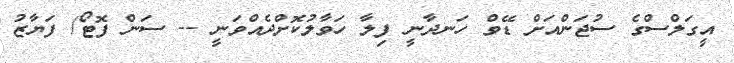
އީގަލްސްގެ ސުޖަންއަށް ޑޭވް ހަނދާނީ ފިލާ ހަވާލުކޮށްދެއްވަނީ -- ސަން ފޮޓޯ/ ފަޔާޒު